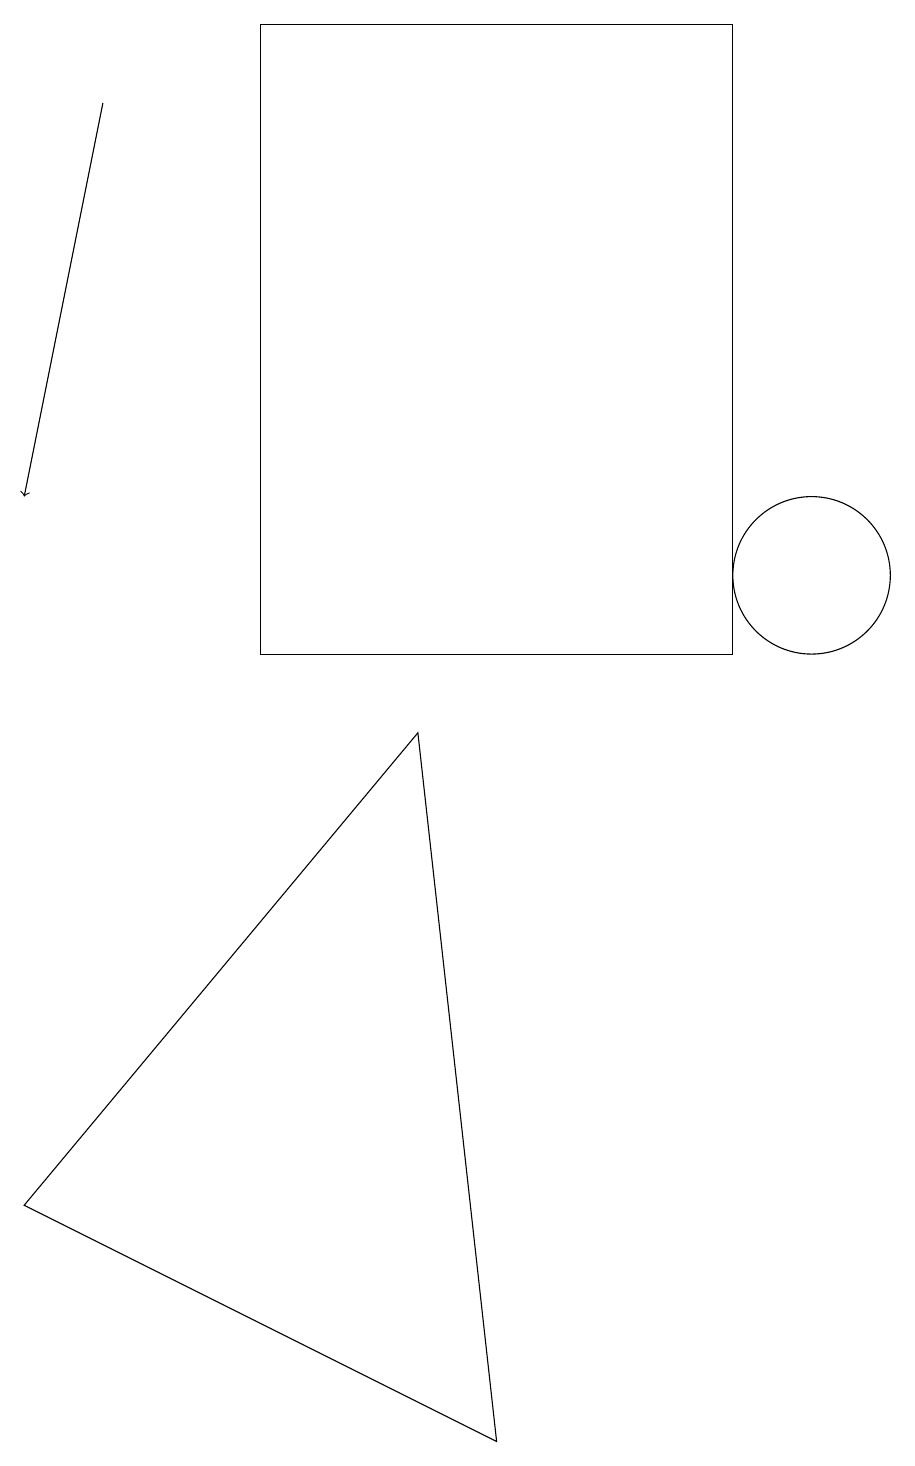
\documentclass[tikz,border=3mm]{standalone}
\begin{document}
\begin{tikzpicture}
\draw (0,3) -- (5,9) -- (6,0) -- cycle;
\draw (10,11) circle (1);
\draw[->] (1,17) -- (0,12);
\draw (3,10) rectangle (9,18);
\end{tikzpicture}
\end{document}